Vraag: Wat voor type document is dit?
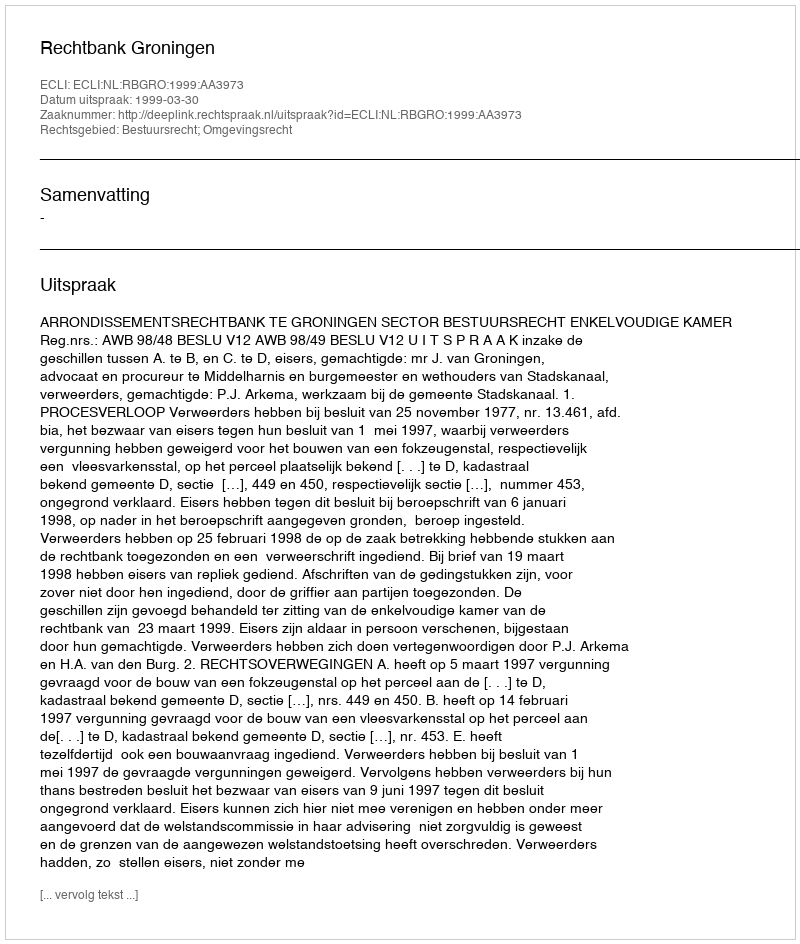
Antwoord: Uitspraak